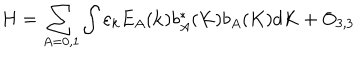
H = \sum _ { A = 0 , 1 } ^ { { } } \int \varepsilon _ { k } E _ { A } ( { \bf k } ) b _ { A } ^ { \ast } ( K ) b _ { A } ( K ) d K + O _ { 3 , 3 }